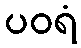
ပဝရံ